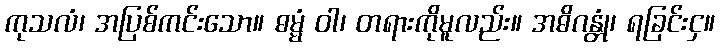
ကုသလံ၊ အပြစ်ကင်းသော။ ဓမ္မံ ဝါ၊ တရားကိုမူလည်း။ အဓိဂန္တုံ၊ ရခြင်းငှ။